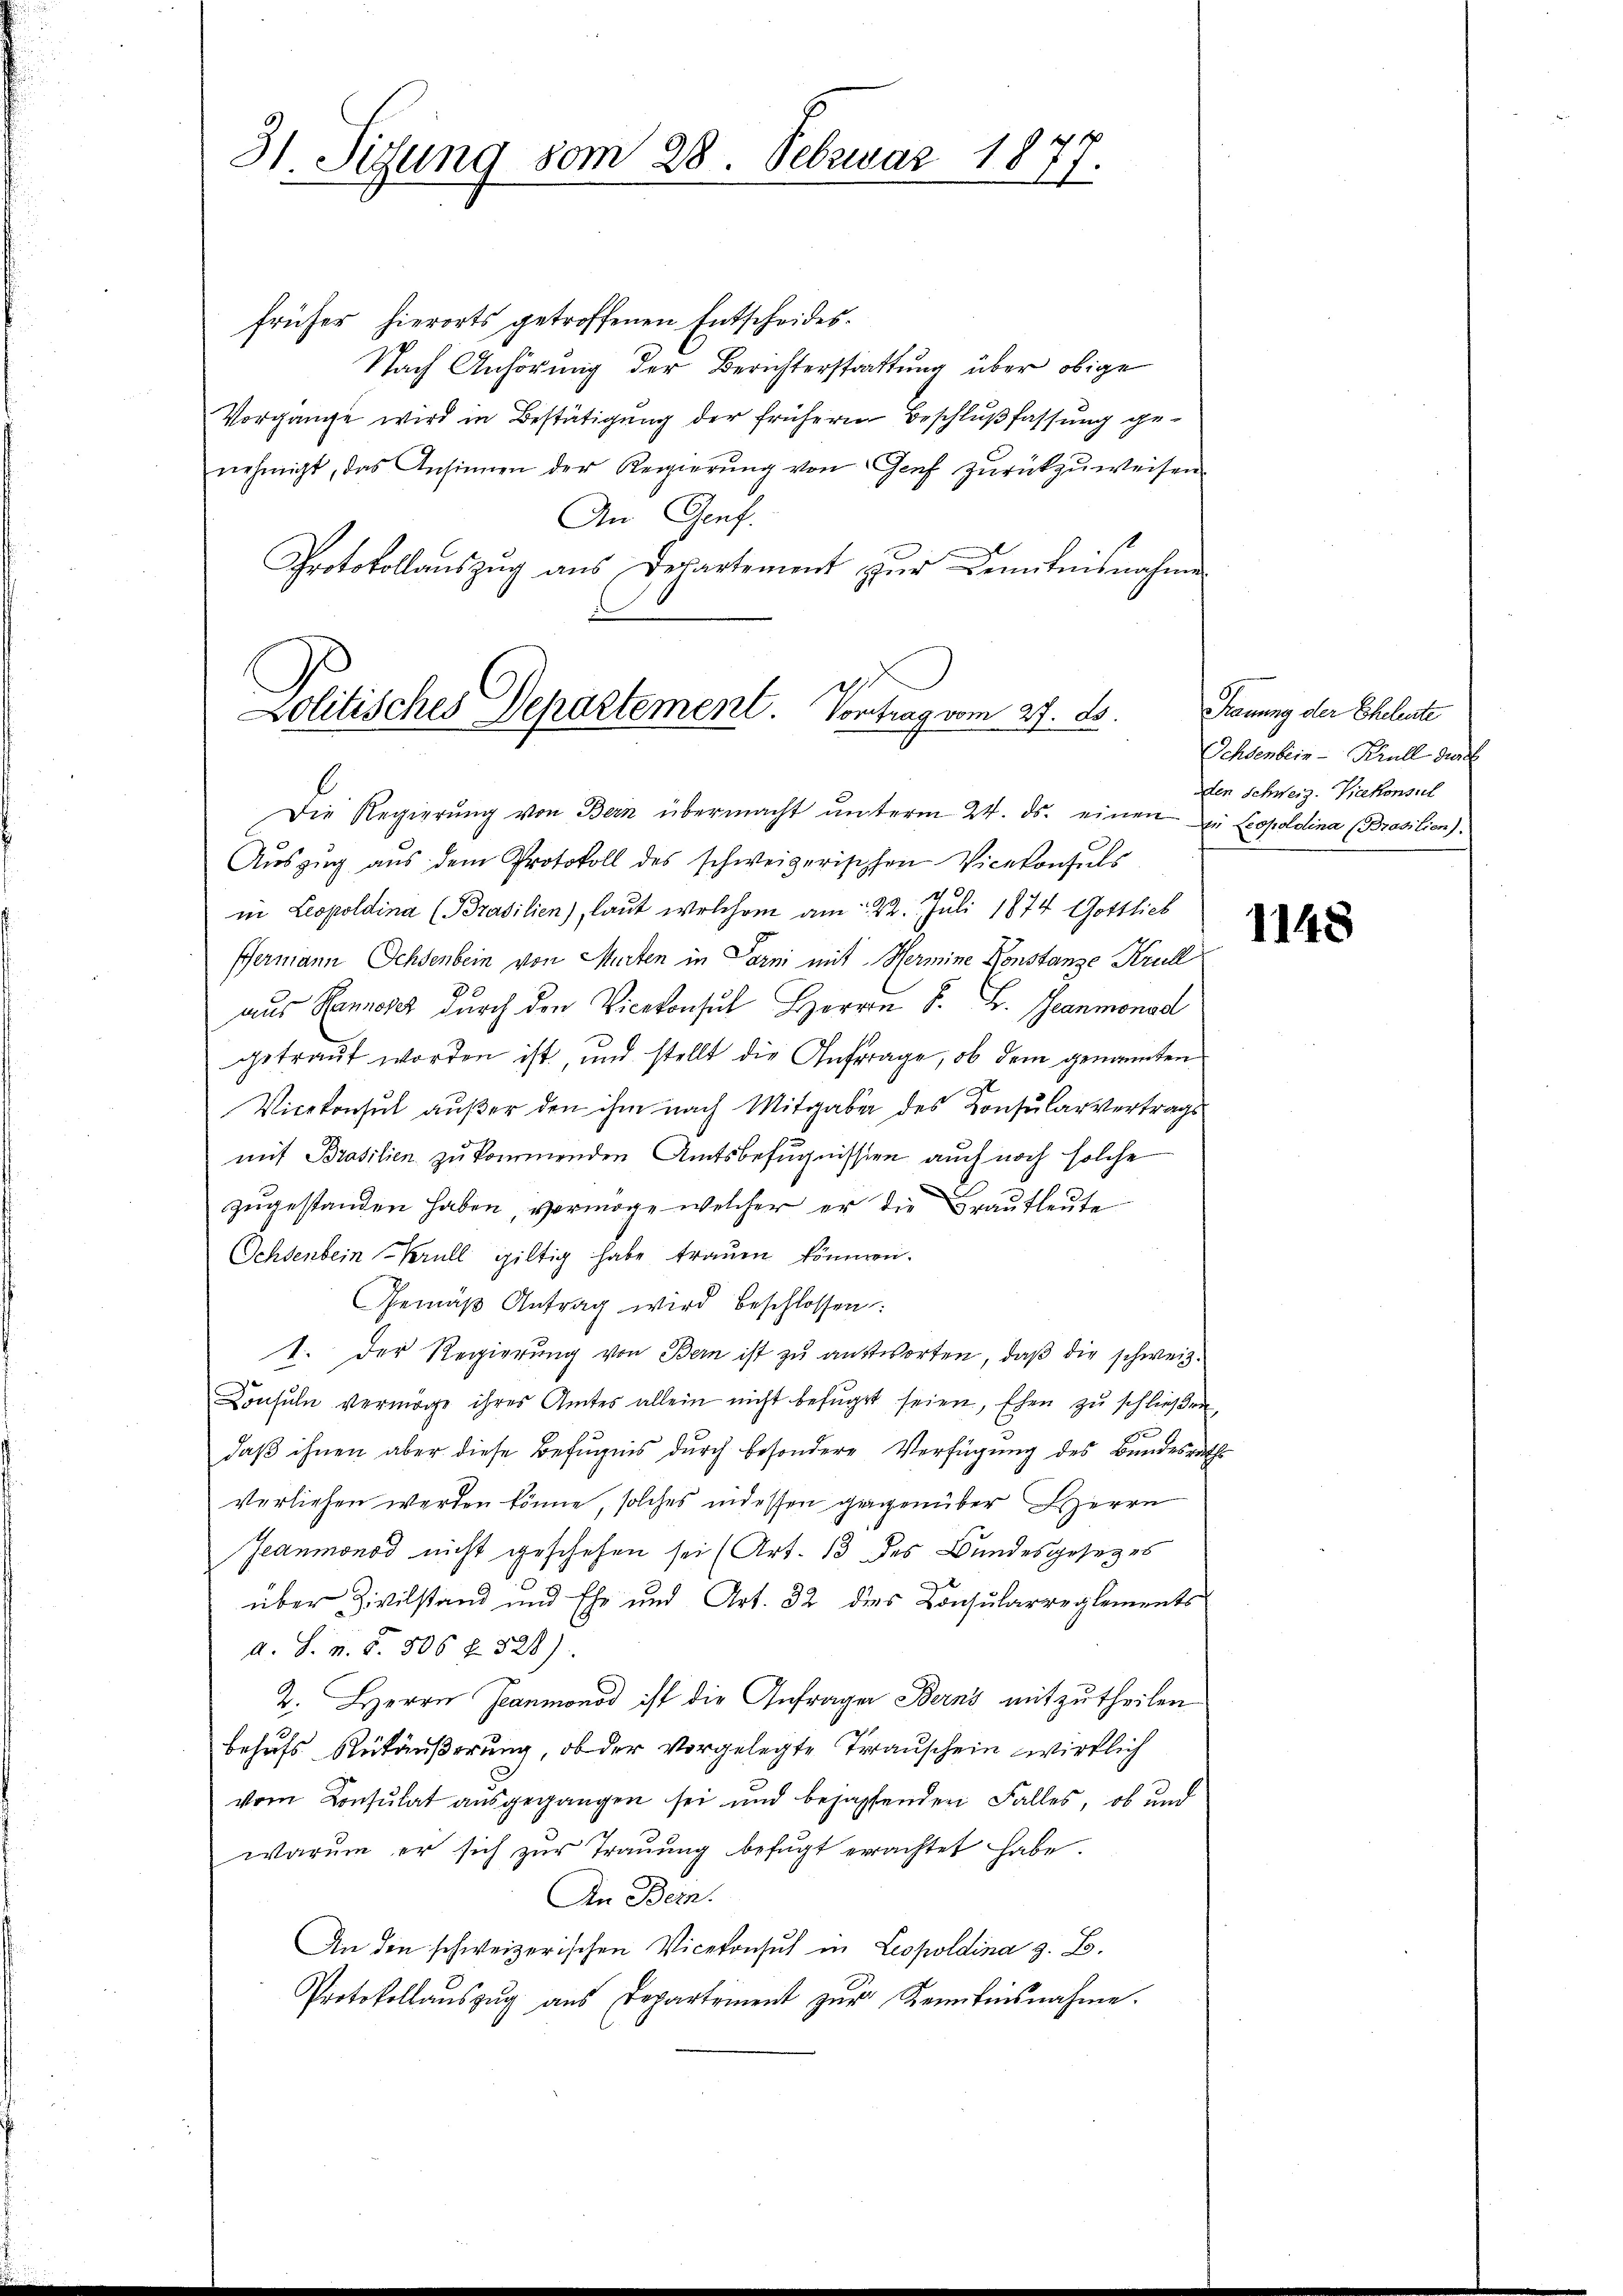
31. Sitzung vom 28. Februar 1877.

früher hierorts getroffenen Entscheides.
Nach Anhörung der Berichterstattung über obige
Vorgange wird in Bestätigung der frühern Beschlußfassung genehmigt, das Ansinnen der Regierŭng von Genf zurückzuweisen.
An Genf.
Protokollaŭszŭg ans Departement zŭr Domitnisnahme
Die Regierŭng von Bern übermacht ŭnterm 24. ds. einen zu Leopoldina (Brasilien).
Aŭszŭg aŭs dem Protokoll des schweizerischen Vicekonsuls
in Leopoldina (Brasilien), laut welchem am 22. Juli 1874 Gottlich
Hermann Ochsenbein von Murten in Garni mit Hermine Konstanze Krull
aus Rannes durch den Vicekonsul Herrn S. B. Granmonad
getraut worden ist und stellt die Anfrage, ob dem genannten
Vicekonsul außer den ihm nach Mitgaber des Konsularvertrags
mit Brasilien zu kommenden Amtsbefugnissen auch noch solche
zugestanden haben, vermöge welcher er die Brautleute
Schdenbein Krull giltig habe trauen können.
Gemäβ Antrag wird beschlossen:
1. Der Regierung von Bern ist zu antworten, daß die schweiz.
Consuln vermöge ihres Amtes allein nicht befugt seien, Ehen zu schließen,
daß ihnen aber diese Befugnis durch besondere Verfügung des Bundesrath
verliehen werden könne, solches indessen gegenüber Herrn
Jeaumonod nicht geschehen sei (Art. 13 des Bundesgesetzes
über Zivilstand und Ehe und Art. 32 dies Consularreglements
d. S. v. S. 506 f. 528).
2. Herrn Grammonod ist die Anfragen Berns mitzutheilen
behufs Rükäußerung, ob der vorgelegte Trauschein wirklich
vom Consulat ausgegangen sei und bejahenden Falles, ob und
warum er sich zur Trauung befugt erachtet habe.
An Bern.
An den schweizerischen Vicekonsuch in Leopoldina z. B.
Protokollaŭszŭg aŭs Departement zŭr Kenntnisnahme.

Politisches Departement. Vortrag vom 27. ds.
l

Trauung der Eheleute
Ochsenbein - Krull durch
dden Schweiz. Vicekonsul

1148